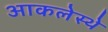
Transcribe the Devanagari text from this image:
आकलेस्थे